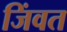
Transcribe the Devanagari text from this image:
जिंवत